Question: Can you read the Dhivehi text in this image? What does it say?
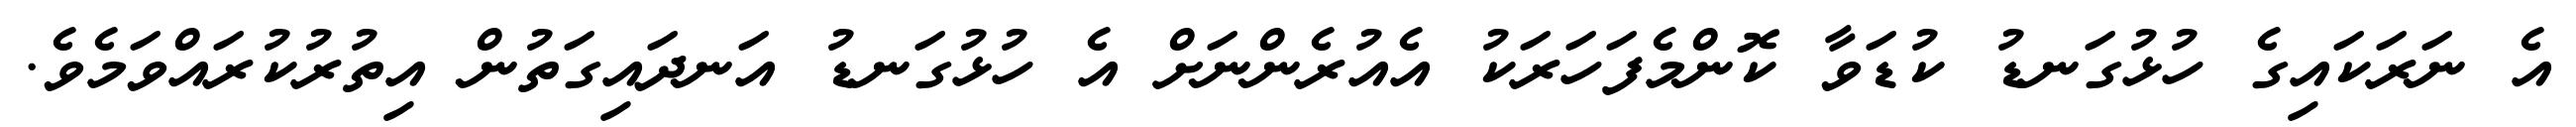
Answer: އެ ނަރަކައިގެ ހުޅުގަނޑު ކުޑަވާ ކޮންމެފަހަރަކު އެއުރެންނަށް އެ ހުޅުގަނޑު އަނދައިގަތުން އިތުރުކުރައްވަމެވެ.